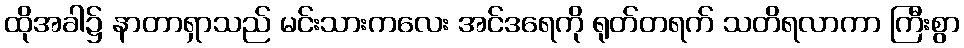
ထိုအခါ၌ နာတာရှာသည် မင်းသားကလေး အင်ဒရေကို ရုတ်တရက် သတိရလာကာ ကြီးစွာ